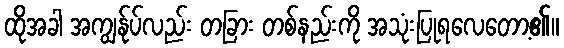
ထိုအခါ အကျွန်ုပ်လည်း တခြား တစ်နည်းကို အသုံးပြုရလေတော့၏။